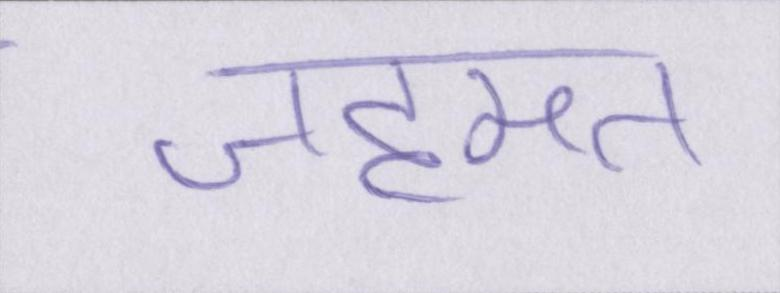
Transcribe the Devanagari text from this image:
जहमत